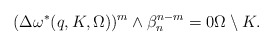
\begin{align*} (\Delta \omega^*(q, K, \Omega) )^m\wedge\beta_n^{n-m}=0\Omega\setminus K.\end{align*}